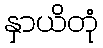
နှာယိတုံ